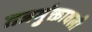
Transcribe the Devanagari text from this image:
तत्रमुंक्तावली